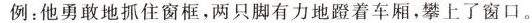
例：他勇敢地抓住窗框，两只脚有力地蹬着车厢，攀上了窗口。